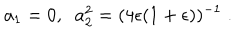
a _ { 1 } = 0 , \; \; a _ { 2 } ^ { 2 } = ( 4 \epsilon ( 1 + \epsilon ) ) ^ { - 1 } \; .